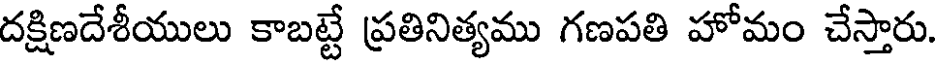
దక్షిణదేశీయులు కాబట్టే ప్రతినిత్యము గణపతి హోమం చేస్తారు.